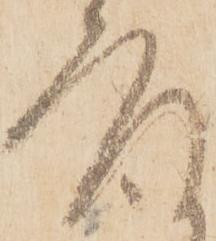
座